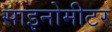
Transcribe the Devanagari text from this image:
साइनोमीटर